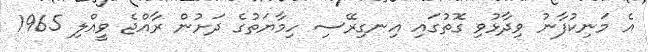
އެ މަނިކުފާނު ވިދާޅުވި ގޮތުގައި އިނގިރޭސި ހިމާޔަތުގެ ދަށުން ރާއްޖެ ވީއްލި 1965